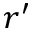
r ^ { \prime }